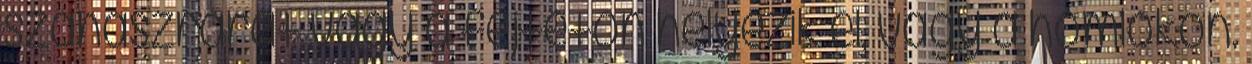
szahaszrárát vagy a fejtetőn helyezik el, vagy a homlokon.